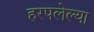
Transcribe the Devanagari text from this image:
हरपलेल्या